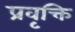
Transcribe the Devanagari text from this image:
प्रवृक्ति